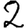
Digit: 2